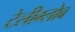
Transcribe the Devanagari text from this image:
टेलीग्लोब